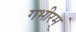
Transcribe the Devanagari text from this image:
गभीरम्